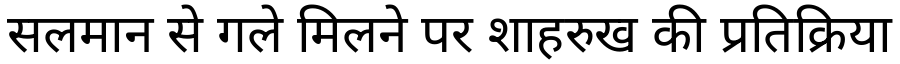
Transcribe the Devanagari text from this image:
सलमान से गले मिलने पर शाहरुख की प्रतिक्रिया